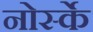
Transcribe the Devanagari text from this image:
नोर्स्के